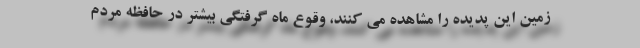
زمین این پدیده را مشاهده می کنند، وقوع ماه گرفتگی بیشتر در حافظه مردم